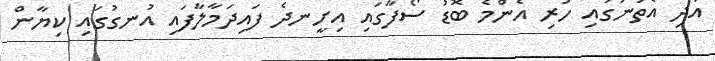
އަދި އެތަނުގައި ހުރި އެންމެ ބޮޑު ސޯފާގައި އިށީނދެ ފައިދަމާލާފައި އުނގުގައި ކިޔާން